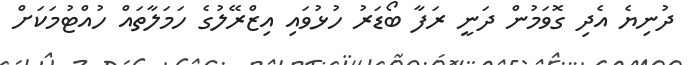
ދުނިޔެ އެދި ގޮވަމުން ދަނީ ރަފާ ބޯޑަރު ހުޅުވައި އިޒްރޭލުގެ ހަމަލާތައް ހުއްޓުމަކަށް